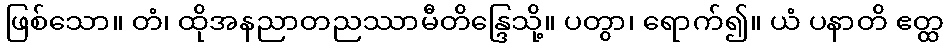
ဖြစ်သော။ တံ၊ ထိုအနညာတညဿာမီတိန္ဒြေသို့။ ပတွာ၊ ရောက်၍။ ယံ ပနာတိ ဧတ္ထ